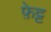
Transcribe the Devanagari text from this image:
फ़ेट्ट